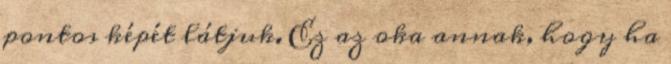
pontos képét látjuk. Ez az oka annak, hogy ha